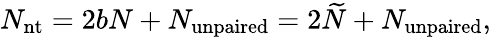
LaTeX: N_{\mathrm{nt}}=2{b}N+N_{\mathrm{unpaired}}=2\widetilde{N}+N_{\mathrm{unpaired}},